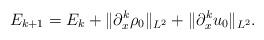
LaTeX: \begin{align*}E_{k+1}=E_{k}+\Vert \partial_x^k \rho_0\Vert_{L^2}+\Vert \partial_x^ku_0\Vert_{L^2}.\end{align*}